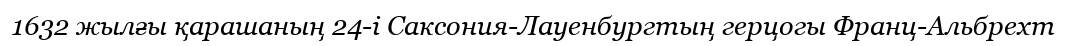
1632 жылғы қарашаның 24-і Саксония-Лауенбургтың герцогы Франц-Альбрехт